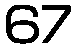
67